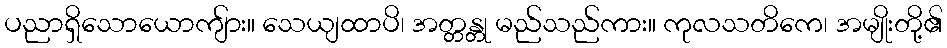
ပညာရှိသောယောကျ်ား။ သေယျထာပိ၊ အတ္တန္တု မည်သည်ကား။ ကုလသတိကေ၊ အမျိုးတို့၏